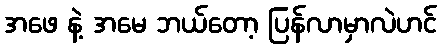
အဖေ နဲ့ အမေ ဘယ်တော့ ပြန်လာမှာလဲဟင်